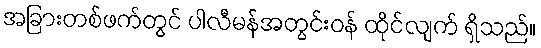
အခြားတစ်ဖက်တွင် ပါလီမန်အတွင်းဝန် ထိုင်လျက် ရှိသည်။